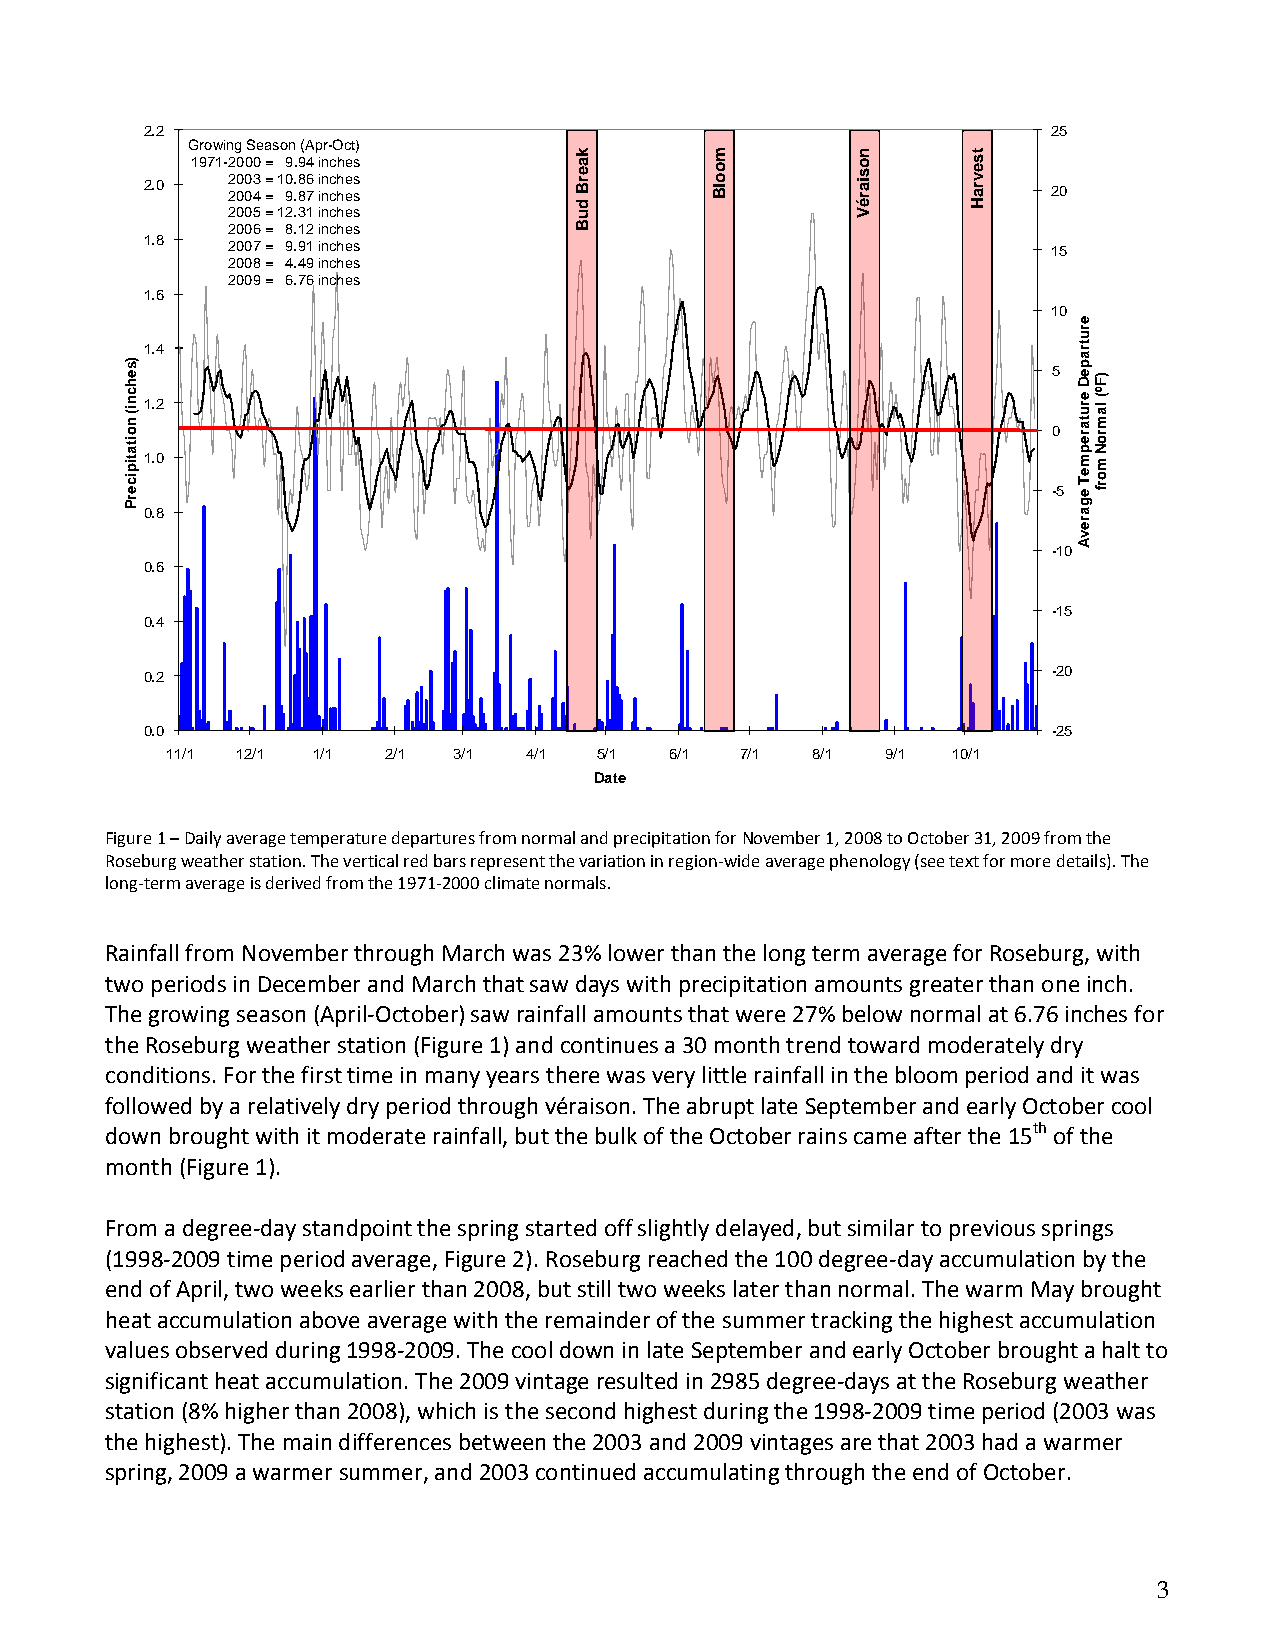
2.2                                                         25
 Growing Season (Apr-Oct)
 1971-2000 = 9.94 inches
 2003 = 10.86 inches
 2.0  2004 = 9.87 inches                                     20
 2005 = 12.31 inches
 2006 = 8.12 inches
 1.8
 2007 = 9.91 inches                                     15
 2008 = 4.49 inches
 2009 = 6.76 inches
 1.6
 10
 1.4
 5
 1.2
 0
 1.0
 -5
 0.8
 -10
 0.6
 -15
 0.4
 0.2                                                         -20
 0.0                                                         -25
 11/1 12/1 1/1  2/1 3/1  4/1 5/1  6/1  7/1  8/1  9/1 10/1
 Date
 Figure 1 – Daily average temperature departures from normal and precipitation for November 1, 2008 to October 31, 2009 from the
 Roseburg weather station. The vertical red bars represent the variation in region-wide average phenology (see text for more details). The
 long-term average is derived from the 1971-2000 climate normals.
 Rainfall from November through March was 23% lower than the long term average for Roseburg, with
 two periods in December and March that saw days with precipitation amounts greater than one inch.
 The growing season (April-October) saw rainfall amounts that were 27% below normal at 6.76 inches for
 the Roseburg weather station (Figure 1) and continues a 30 month trend toward moderately dry
 conditions. For the first time in many years there was very little rainfall in the bloom period and it was
 followed by a relatively dry period through véraison. The abrupt late September and early October cool
 down brought with it moderate rainfall, but the bulk of the October rains came after the 15th of the
 month (Figure 1).
 From a degree-day standpoint the spring started off slightly delayed, but similar to previous springs
 (1998-2009 time period average, Figure 2). Roseburg reached the 100 degree-day accumulation by the
 end of April, two weeks earlier than 2008, but still two weeks later than normal. The warm May brought
 heat accumulation above average with the remainder of the summer tracking the highest accumulation
 values observed during 1998-2009. The cool down in late September and early October brought a halt to
 significant heat accumulation. The 2009 vintage resulted in 2985 degree-days at the Roseburg weather
 station (8% higher than 2008), which is the second highest during the 1998-2009 time period (2003 was
 the highest). The main differences between the 2003 and 2009 vintages are that 2003 had a warmer
 spring, 2009 a warmer summer, and 2003 continued accumulating through the end of October.
 3
 )sehcni(
 noitatipicerP
 kaerB
 duB
 moolB     nosiaréV tsevraH
 erutrapeD
 erutarepmeT
 egarevA
 )Fº(
 lamroN
 morf